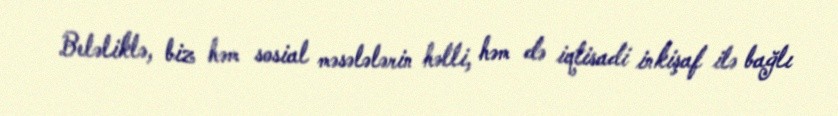
Beləliklə, biz həm sosial məsələlərin həlli, həm də iqtisadi inkişaf ilə bağlı